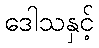
ဒေါသနှင့်